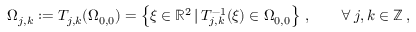
\Omega _ { j , k } : = T _ { j , k } ( \Omega _ { 0 , 0 } ) = \left\{ \boldsymbol { \xi } \in \mathbb { R } ^ { 2 } \, \vert \, T _ { j , k } ^ { - 1 } ( \boldsymbol { \xi } ) \in \Omega _ { 0 , 0 } \right\} \, , \qquad \forall \, j , k \in \mathbb { Z } \, ,